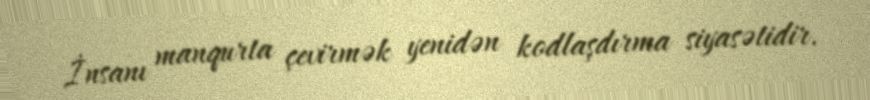
İnsanı manqurta çevirmək yenidən kodlaşdırma siyasətidir.